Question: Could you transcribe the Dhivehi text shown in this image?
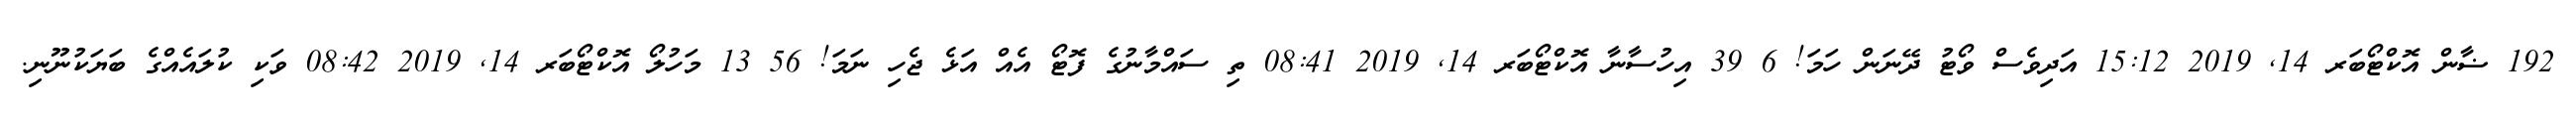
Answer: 192 ޟާން އޮކްޓޯބަރ 14, 2019 15:12 އަދިވެސް ވޯޓު ދޭނަން ހަމަ! 6 39 އިހުސާނާ އޮކްޓޯބަރ 14, 2019 08:41 ތި ސައްމާނުގެ ފޮޓޯ އެއް އަޅެ ޖެހި ނަމަ! 56 13 މަހުލޯ އޮކްޓޯބަރ 14, 2019 08:42 ވަކި ކުލައެއްގެ ބަޔަކުނޫނި.